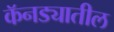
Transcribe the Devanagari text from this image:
कॅनड्यातील